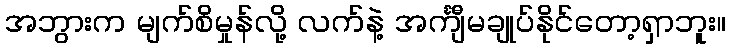
အဘွားက မျက်စိမှုန်လို့ လက်နဲ့ အင်္ကျီမချုပ်နိုင်တော့ရှာဘူး။